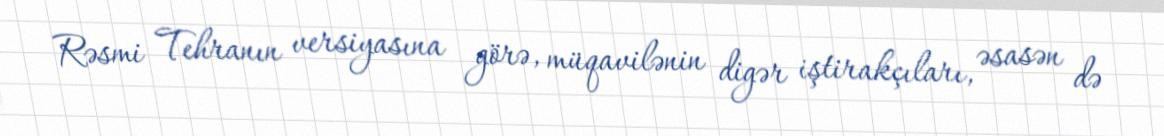
Rəsmi Tehranın versiyasına görə, müqavilənin digər iştirakçıları, əsasən də